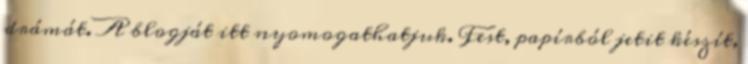
drámát. A blogját itt nyomogathatjuk. Fest, papírból jetit készít,